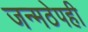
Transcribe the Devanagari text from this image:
जन्मठेपही